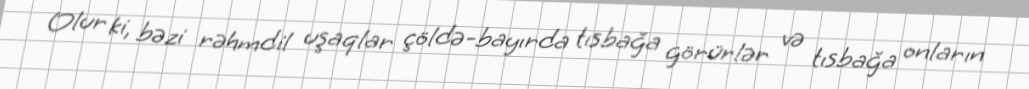
Olur ki, bəzi rəhmdil uşaqlar çöldə-bayırda tısbağa görürlər və tısbağa onların